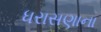
ધરાસણાના